Medical and sanitary report of the native army of Madras for the year
Year: 1878
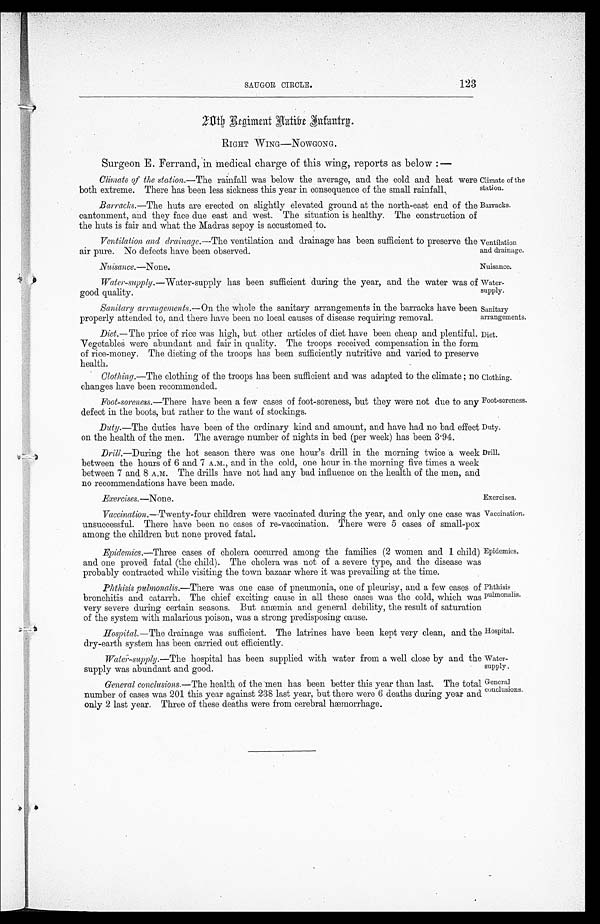
Climate of the
station.
Barracks.
Nuisance .—None .
Nuisance.
Water
- s uppl y.
Sanitary
arrangements.
Diet.
Foot-soreness.
Duty.
Drill.
Exercises .—None .
Exercises.
Hospital.
Water
-supply
General
conclusions.
SAUGOR CIRCLE.
123
20th Regiment Aatibe Infantrg.
RIGHT WING—NOWGONG.
Surgeon E. Ferrand, in medical charge of this wing, reports as below :—
Climate of the station .—The rainfall was below the average, and the cold and heat were
both extreme. There has been less sickness this year in consequence of the small rainfall.
Barracks .—The huts are erected on slightly elevated ground at the north-east end of the
cantonment, and they face due east and west. The situation is healthy. The construction of
the huts is fair and what the Madras sepoy is accustomed to.
Ventilation and dminage .—The ventilation and drainage has been sufficient to preserve the
air pure. No defects have been observed.
Ventilation
and drainage.
Water-supply .—Water-supply has been sufficient during the year, and the water was of
good quality.
Sanitary arrangements .—On the whole the sanitary arrangements in the barracks have been
properly attended to, and there have been no local causes of disease requiring removal.
Diet.—The price of rice was high, but other articles of diet have been cheap and plentiful
Vegetables were abundant and fair in quality. The troops received compensation in the form
of rice-money. The dieting of the troops has been sufficiently nutritive and varied to preserve
health.
Clothing .—The clothing of the troops has been sufficient and was adapted to the climate; no
Clothing. changes have been recommended.
Clothing.
Foot-soreness .—There have been a few cases of foot-soreness, but they were not due to any
defect in the boots, but rather to the want of stockings.
Duty .—The duties have been of the ordinary kind and amount, and have had no bad effect
on the health of the men. The average number of nights in bed (per week) has been 3.94.
Drill.—During the hot season there was one hour's drill in the morning twice a week
between the hours of 6 and 7 A.M., and in the cold, one hour in the morning five times a week
between 7 and 8 A.M. The drills have not had any bad influence on the health of the men, and
no recommendations have been made.
Vaccination .—Twenty-four children were vaccinated during the year, and only one case was
unsuccessful. There have been no cases of re-vaccination. There were 5 cases of small-pox
among the children but none proved fatal.
Epidemics .—Three cases of cholera occurred among the families (2 women and 1 child)
and one proved fatal (the child). The cholera was not of a severe type, and the disease was
probably contracted while visiting the town bazaar where it was prevailing at the time.
Phthisis pulmonalis.—There was one case of pneumonia, one of pleurisy, and a few cases of
bronchitis and catarrh. The chief exciting cause in all these cases was the cold, which was
very severe during certain seasons. But anæmia and general debility, the result of saturation
of the system with malarious poison, was a strong predisposing cause.
Hospital.—The drainage was sufficient. The latrines have been kept very clean, and the
dry-earth system has been carried out efficiently.
Water-supply .—The hospital has been supplied with water from a well close by and the
supply was abundant and good.
General conclusions .—The health of the men has been better this year than last. The total
number of cases was 201 this year against 238 last year, but there were 6 deaths during year and
only 2 last year. Three of these deaths were from cerebral hæmorrhage.
Vaccination.
Epidemics.
Phthisis
pulmonalis.